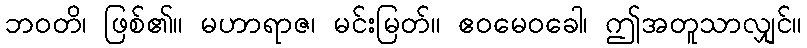
ဘဝတိ၊ ဖြစ်၏။ မဟာရာဇ၊ မင်းမြတ်။ ဧဝမေဝခေါ၊ ဤအတူသာလျှင်။